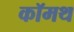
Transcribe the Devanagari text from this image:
कॉमथ